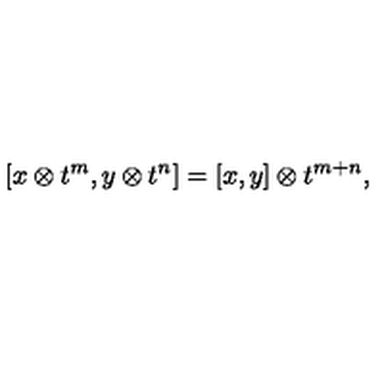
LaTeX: \lbrack x \otimes t ^ { m } , y \otimes t ^ { n } ] = [ x , y ] \otimes t ^ { m + n } ,